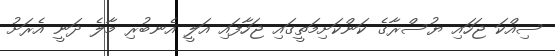
ސިއްކަ ޖަހައި ޔުސްރާގެ ކަންކަށިމަތީގައި ޖަހާފައި އަލީ އެނބުރި މާލެ ދަނީ އެރަށު